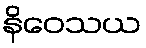
နိဝေသယ